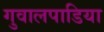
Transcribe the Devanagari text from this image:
गुवालपाडिया